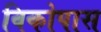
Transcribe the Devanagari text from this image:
विकोपास